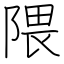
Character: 隈